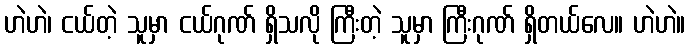
ဟဲဟဲ၊ ငယ်တဲ့ သူမှာ ငယ်ဂုဏ် ရှိသလို ကြီးတဲ့ သူမှာ ကြီးဂုဏ် ရှိတယ်လေ။ ဟဲဟဲ။